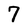
Character: 7